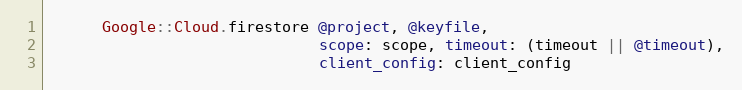
Language: Ruby
      Google::Cloud.firestore @project, @keyfile,
                              scope: scope, timeout: (timeout || @timeout),
                              client_config: client_config